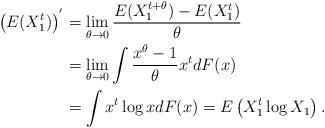
LaTeX: \begin{align*}\left(E(X_1^t)\right)^{'} &= \lim\limits_{\theta \to 0}\frac{E(X_1^{t+\theta}) - E(X_1^t)}{\theta} \\ & = \lim\limits_{\theta \to 0} \int \dfrac{x^\theta - 1}{\theta}x^t dF(x) \\ & = \int x^t\log x dF(x) = E\left(X_1^t\log X_1\right).\end{align*}